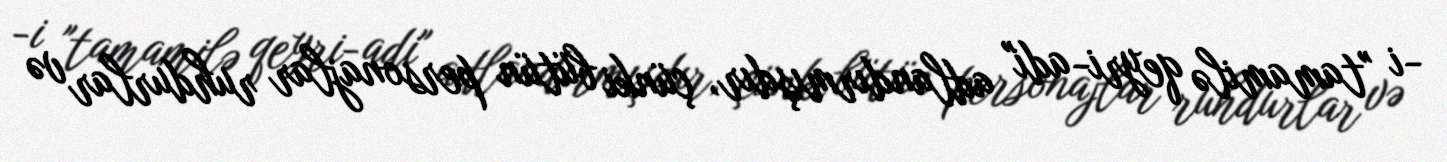
-i "tamamilə qeyri-adi" adlandırmışdır, çünki bütün personajlar ruhdurlar və